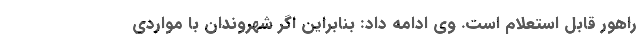
راهور قابل استعلام است. وی ادامه داد: بنابراین اگر شهروندان با مواردی